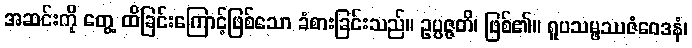
အဆင်းကို တွေ့ ထိခြင်းကြောင့်ဖြစ်သော ခံစားခြင်းသည်။ ဥပ္ပဇ္ဇတိ၊ ဖြစ်၏။ ရူပသမ္ဖဿဇံဝေဒနံ၊